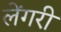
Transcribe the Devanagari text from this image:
लेंगरी